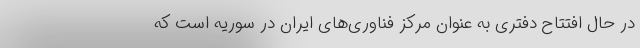
در حال افتتاح دفتری به عنوان مرکز فناوری‌های ایران در سوریه است که